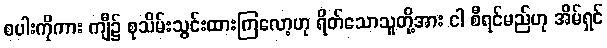
စပါးကိုကား ကျီ၌ စုသိမ်းသွင်းထားကြလော့ဟု ရိတ်သောသူတို့အား ငါ စီရင်မည်ဟု အိမ်ရှင်